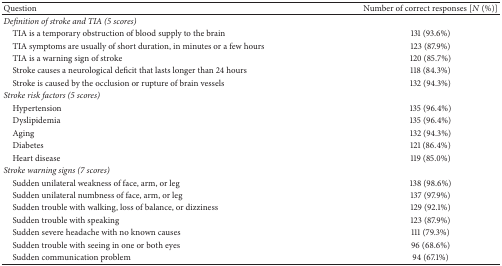
<table><thead><tr><td><b>Question</b></td><td><b>Number of correct responses [<i>N</i> (%)]</b></td></tr></thead><tbody><tr><td><i>Definition of stroke and TIA (5 scores)</i></td><td> </td></tr><tr><td> TIA is a temporary obstruction of blood supply to the brain</td><td>131 (93.6%)</td></tr><tr><td> TIA symptoms are usually of short duration, in minutes or a few hours</td><td>123 (87.9%)</td></tr><tr><td> TIA is a warning sign of stroke</td><td>120 (85.7%)</td></tr><tr><td> Stroke causes a neurological deficit that lasts longer than 24 hours</td><td>118 (84.3%)</td></tr><tr><td> Stroke is caused by the occlusion or rupture of brain vessels</td><td>132 (94.3%)</td></tr><tr><td><i>Stroke risk factors (5 scores)</i></td><td> </td></tr><tr><td> Hypertension</td><td>135 (96.4%)</td></tr><tr><td> Dyslipidemia</td><td>135 (96.4%)</td></tr><tr><td> Aging</td><td>132 (94.3%)</td></tr><tr><td> Diabetes</td><td>121 (86.4%)</td></tr><tr><td> Heart disease</td><td>119 (85.0%)</td></tr><tr><td><i>Stroke warning signs (7 scores)</i></td><td> </td></tr><tr><td> Sudden unilateral weakness of face, arm, or leg</td><td>138 (98.6%)</td></tr><tr><td> Sudden unilateral numbness of face, arm, or leg</td><td>137 (97.9%)</td></tr><tr><td> Sudden trouble with walking, loss of balance, or dizziness</td><td>129 (92.1%)</td></tr><tr><td> Sudden trouble with speaking</td><td>123 (87.9%)</td></tr><tr><td> Sudden severe headache with no known causes</td><td>111 (79.3%)</td></tr><tr><td> Sudden trouble with seeing in one or both eyes</td><td>96 (68.6%)</td></tr><tr><td> Sudden communication problem</td><td>94 (67.1%)</td></tr></tbody></table>